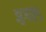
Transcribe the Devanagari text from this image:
झुञ्झुणु